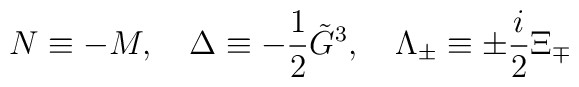
N\equiv -M,\ \ \ \Delta \equiv -\frac 12\tilde{G}^3,\ \ \ \Lambda _{\pm}\equiv \pm \frac i2\Xi _{\mp }